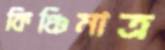
কিঞ্চিমাত্র